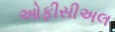
ઓફીસીઅલ